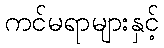
ကင်မရာများနှင့်